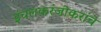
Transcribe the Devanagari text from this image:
इंचलकरंजीकरांचे